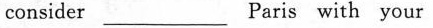
consider___Paris with your